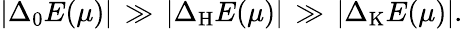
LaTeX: \left|\Delta_{\mathrm{0}}E(\mu)\right|\, \gg\, \left|\Delta_{\mathrm{H}}E(\mu)\right|\, \gg\, \left|\Delta_{\mathrm{K}}E(\mu)\right|.